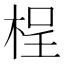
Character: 桯